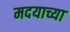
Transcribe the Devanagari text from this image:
मदयाच्या